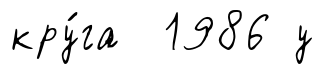
кру́га 1986 у